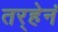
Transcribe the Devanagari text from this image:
तर्‍हेनं